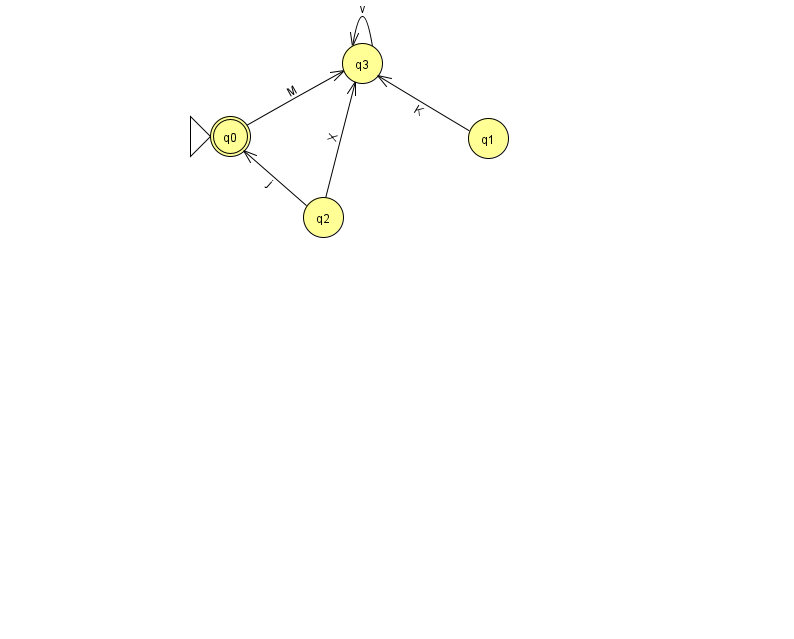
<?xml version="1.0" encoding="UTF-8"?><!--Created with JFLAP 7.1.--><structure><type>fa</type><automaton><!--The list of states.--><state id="0" name="q0"><x>230.0</x><y>123.0</y><initial/><final/></state><state id="1" name="q1"><x>488.0</x><y>125.0</y></state><state id="2" name="q2"><x>323.0</x><y>204.0</y></state><state id="3" name="q3"><x>362.0</x><y>50.0</y></state><!--The list of transitions.--><transition><from>2</from><to>0</to><read>j</read></transition><transition><from>2</from><to>3</to><read>X</read></transition><transition><from>3</from><to>3</to><read>v</read></transition><transition><from>1</from><to>3</to><read>K</read></transition><transition><from>0</from><to>3</to><read>M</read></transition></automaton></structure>